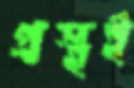
প্রস্থই